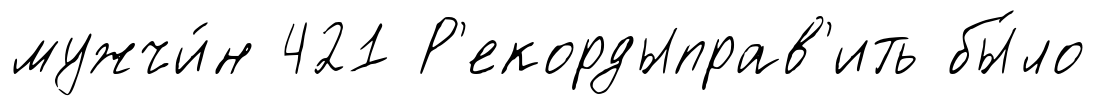
мужчи́н 421 Р'екордыправ'ить бы́ло